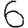
Digit: 6